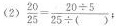
(2)$$\frac { 2 0 } { 2 5 } = \frac { 2 0 \div 5 } { 2 5 \div ( ) }$$；